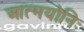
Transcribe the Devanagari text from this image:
आत्मयोनिः